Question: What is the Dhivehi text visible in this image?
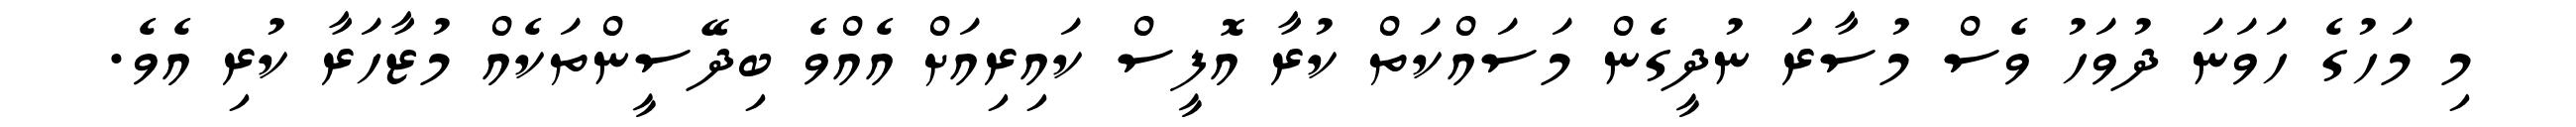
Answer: މި މަހުގެ ހަވަނަ ދުވަހު ވެސް މުސާރަ ނުދީގެން މަސައްކަތް ކުރާ އޮފީސް ކައިރިއަށް އެއްވެ ބިދޭސީންތަކެއް މުޒާހަރާ ކުރި އެވެ.